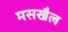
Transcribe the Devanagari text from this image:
मसखैल